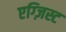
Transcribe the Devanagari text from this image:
एग्ज़िस्ट